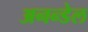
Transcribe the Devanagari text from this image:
अनन्डेल